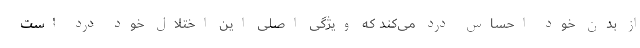
از بدن خود احساس درد می‌کند که ویژگی اصلی این اختلال خودِ درد است